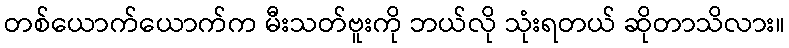
တစ်ယောက်ယောက်က မီးသတ်ဗူးကို ဘယ်လို သုံးရတယ် ဆိုတာသိလား။